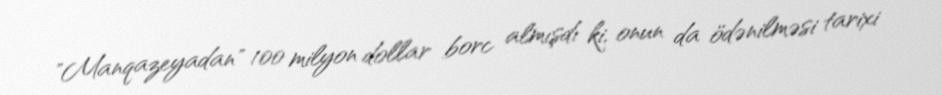
"Manqazeyadan" 100 milyon dollar borc almışdı ki, onun da ödənilməsi tarixi